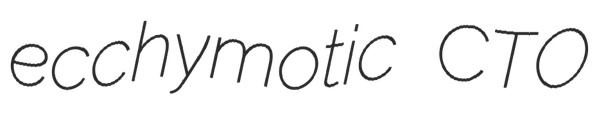
ecchymotic CTO